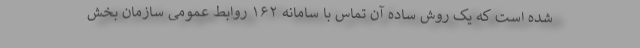
شده است که یک روش ساده آن تماس با سامانه ۱۶۲ روابط عمومی سازمان بخش